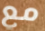
مع